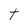
Character: t